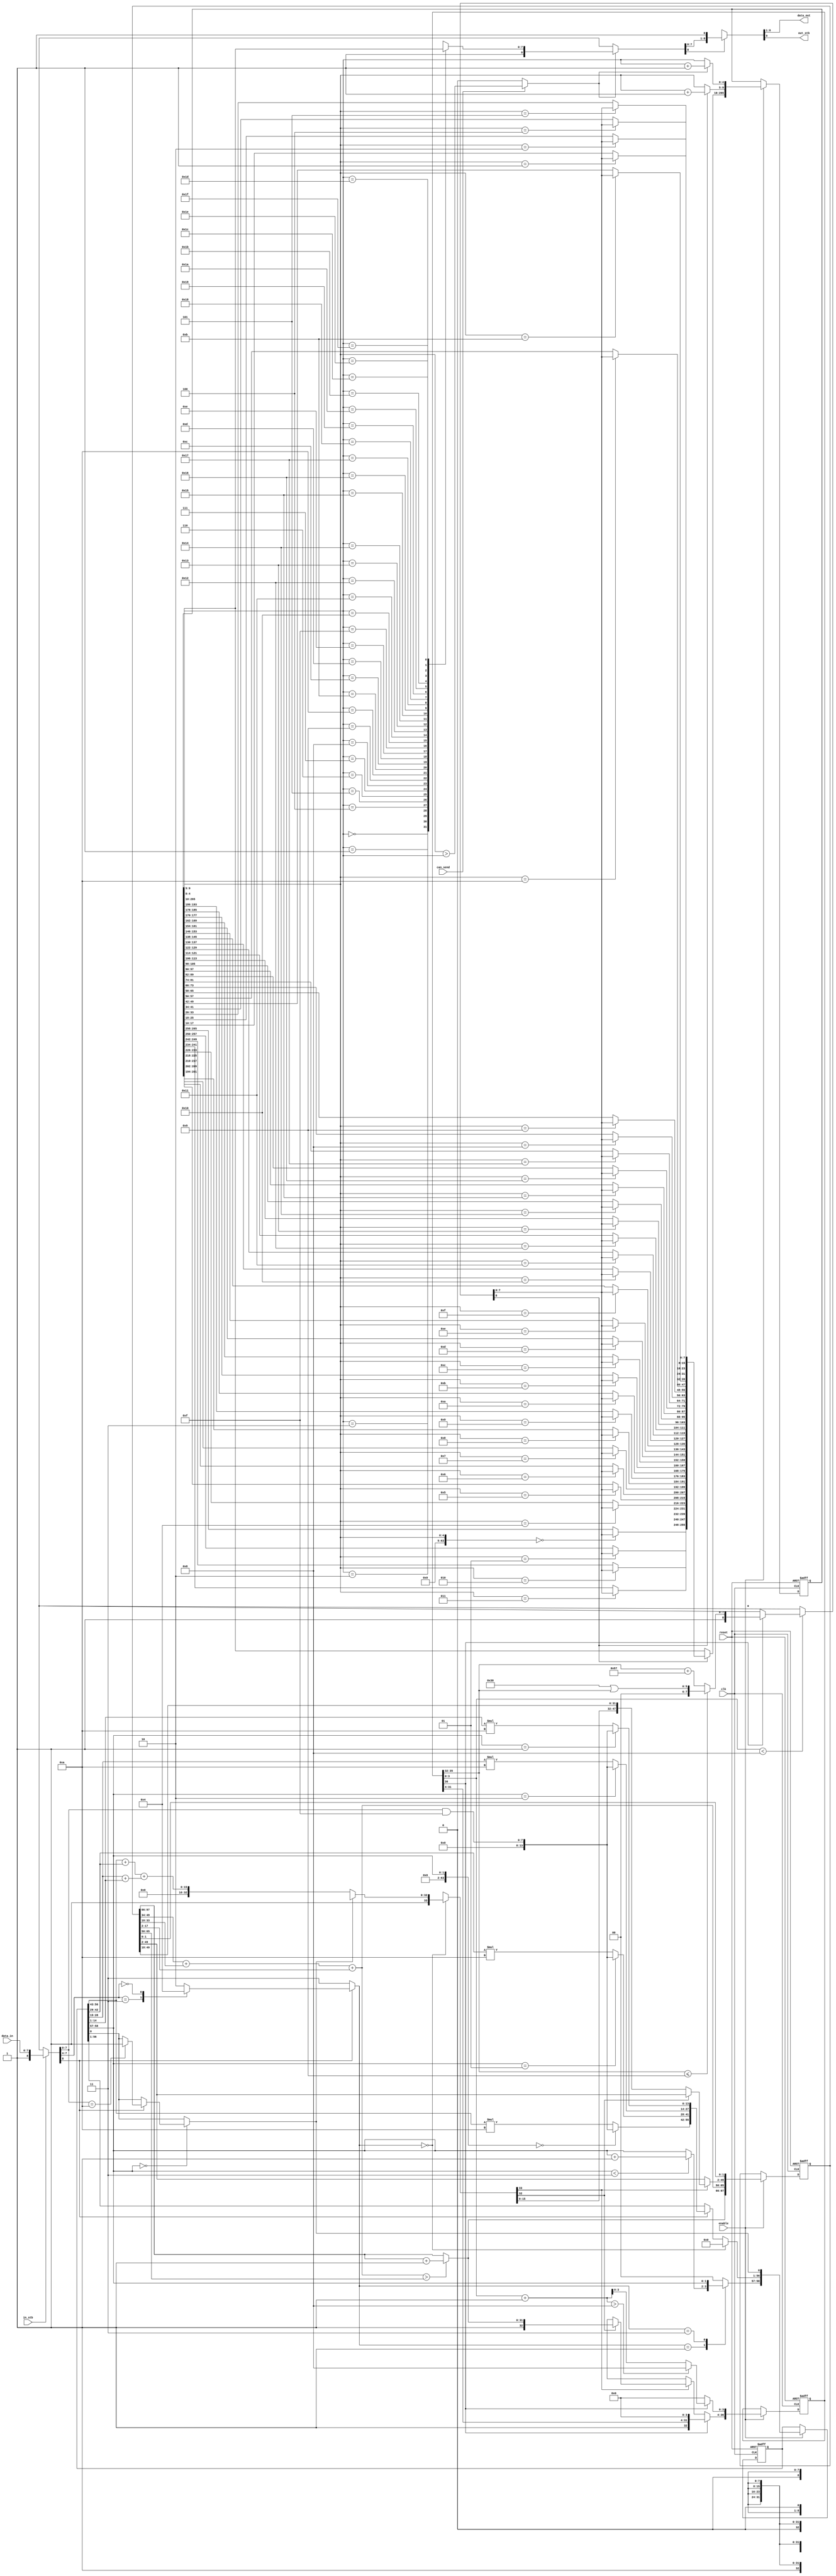
/* AUTOMATICALLY GENERATED VERILOG-2001 SOURCE CODE.
** GENERATED BY CLASH 1.4.6. DO NOT MODIFY.
*/
`timescale 100fs/100fs
module serial
    ( // Inputs
      input  clk // clock
    , input  reset // reset
    , input  enable // enable
    , input  can_send
    , input [7:0] data_in
    , input  in_stb

      // Outputs
    , output wire [7:0] data_out
    , output wire  out_stb
    );
  // Lib.hs:18:1-36
  wire [8:0] c$ds_app_arg;
  // Puzzle.hs:(12,1)-(13,67)
  reg [58:0] maybeToBoola_c$ds_app_arg = {2'd0,   {14'd0,   14'd0,   14'd0,   14'd0},   1'b0};
  wire [33:0] result_0;
  wire [92:0] result_1;
  reg [33:0] c$app_arg;
  wire [33:0] c$case_alt;
  wire [31:0] c$app_arg_0;
  wire [127:0] c$app_arg_1;
  // Puzzle.hs:40:1-11
  reg  \done' ;
  reg [55:0] c$app_arg_2;
  wire [55:0] c$case_alt_0;
  wire [55:0] result_2;
  wire signed [63:0] c$app_arg_3;
  // Puzzle.hs:40:1-11
  wire signed [63:0] wild3;
  // Puzzle.hs:40:1-11
  wire [55:0] numbers1;
  // Puzzle.hs:40:1-11
  wire signed [63:0] c$wild3_app_arg;
  reg [1:0] c$app_arg_4;
  // Puzzle.hs:40:1-11
  wire [1:0] action;
  wire [1:0] c$case_alt_1;
  // Puzzle.hs:40:1-11
  wire [1:0] digitIdx1;
  // Puzzle.hs:40:1-11
  wire  \c$done'_case_alt ;
  // Puzzle.hs:40:1-11
  reg  \c$done'_case_alt_0 ;
  reg [1:0] result_3;
  // Puzzle.hs:40:1-11
  wire [7:0] a1;
  // Puzzle.hs:(16,1)-(17,69)
  reg [97:0] maybeToBoola_c$ds_app_arg_0 = {32'd0,   16'd65535,   {16'd21845,   16'd21845,   16'd21845},   2'd0};
  wire [32:0] result_4;
  wire [130:0] result_5;
  wire [32:0] c$app_arg_5;
  wire [32:0] c$case_alt_2;
  // Puzzle.hs:93:1-11
  wire [31:0] \count' ;
  // Puzzle.hs:93:1-11
  wire [1:0] phase;
  wire [47:0] c$app_arg_6;
  wire [47:0] c$case_alt_3;
  // Puzzle.hs:93:1-11
  wire [31:0] h;
  // Puzzle.hs:93:1-11
  wire [31:0] count;
  // Puzzle.hs:93:1-11
  wire [15:0] \prevSum' ;
  // Puzzle.hs:93:1-11
  wire [47:0] window;
  // Puzzle.hs:93:1-11
  wire [15:0] prevSum;
  // Puzzle.hs:(20,1)-(21,68)
  reg [36:0] maybeToBoola_c$ds_app_arg_1 = {{1'b0,32'bxxxxxxxxxxxxxxxxxxxxxxxxxxxxxxxx},   4'd0};
  wire [8:0] result_6;
  wire [45:0] c$case_alt_4;
  wire [8:0] c$app_arg_7;
  wire [8:0] c$case_alt_5;
  wire [7:0] result_7;
  wire signed [63:0] c$app_arg_8;
  wire signed [63:0] c$app_arg_9;
  // Puzzle.hs:118:1-15
  wire [31:0] a;
  wire [3:0] c$app_arg_10;
  wire [4:0] z;
  wire [3:0] result_8;
  // Puzzle.hs:118:1-15
  wire [3:0] digitIdx1_0;
  wire [32:0] c$app_arg_11;
  // Puzzle.hs:118:1-15
  wire [31:0] n;
  // Puzzle.hs:118:1-15
  wire [32:0] number;
  // Lib.hs:(22,1)-(23,72)
  reg [265:0] maybeToBoola_c$ds_app_arg_2 = {{8'b00000001,   8'b00000001,   8'b00000001,   8'b00000001,   8'b00000001,
  8'b00000001,   8'b00000001,   8'b00000001,   8'b00000001,   8'b00000001,
  8'b00000001,   8'b00000001,   8'b00000001,   8'b00000001,   8'b00000001,
  8'b00000001,   8'b00000001,   8'b00000001,   8'b00000001,   8'b00000001,
  8'b00000001,   8'b00000001,   8'b00000001,   8'b00000001,   8'b00000001,
  8'b00000001,   8'b00000001,   8'b00000001,   8'b00000001,   8'b00000001,
  8'b00000001,   8'b00000001},   5'd0,   5'd0};
  wire [8:0] result_9;
  // Lib.hs:40:1-15
  wire signed [63:0] c$wild3_app_arg_0;
  wire [255:0] result_10;
  wire [255:0] c$app_arg_12;
  wire [4:0] c$app_arg_13;
  wire [4:0] c$app_arg_14;
  // Lib.hs:40:1-15
  wire signed [63:0] c$wild3_app_arg_1;
  wire [7:0] result_11;
  wire [8:0] c$app_arg_15;
  wire [274:0] result_12;
  // Lib.hs:40:1-15
  wire  canSend;
  // Lib.hs:40:1-15
  wire [7:0] a_0;
  // Lib.hs:40:1-15
  wire signed [63:0] wild3_0;
  // Lib.hs:40:1-15
  wire signed [63:0] wild3_1;
  // Lib.hs:40:1-15
  wire  doSend;
  // Lib.hs:40:1-15
  wire [4:0] readPointer1;
  // Lib.hs:40:1-15
  wire [4:0] writePointer1;
  // Lib.hs:40:1-15
  wire [255:0] memory1;
  // Lib.hs:18:1-36
  wire [7:0] a1_0;
  wire [9:0] eta;
  wire [55:0] c$vec;
  wire [7:0] c$bv;
  wire [3:0] result_selection_res;
  wire [7:0] c$bv_0;
  wire [32:0] c$case_alt_selection_4;
  wire [32:0] c$case_alt_selection_7;
  wire [63:0] c$case_alt_sel_alt_f_4;
  wire [31:0] c$i_34;
  wire [31:0] c$i_36;
  wire [8:0] result;

  assign eta = {can_send,   data_in,   in_stb};

  assign c$ds_app_arg = eta[0:0] ? {1'b1,eta[8:1]} : {1'b0,8'bxxxxxxxx};

  // register begin
  always @(posedge clk or  posedge  reset) begin : maybeToBoola_c$ds_app_arg_register
    if ( reset) begin
      maybeToBoola_c$ds_app_arg <= {2'd0,   {14'd0,   14'd0,   14'd0,   14'd0},   1'b0};
    end else if (enable) begin
      maybeToBoola_c$ds_app_arg <= result_1[92:34];
    end
  end
  // register end

  assign result_0 = result_1[33:0];

  assign result_1 = {{c$app_arg_4,   c$app_arg_2,
                      \done' },   c$app_arg};

  always @(*) begin
    case(action)
      2'b00 : c$app_arg = c$case_alt;
      default : c$app_arg = {1'b0,33'bxxxxxxxxxxxxxxxxxxxxxxxxxxxxxxxxx};
    endcase
  end

  assign c$case_alt = \done'  ? {1'b1,{1'b1,32'bxxxxxxxxxxxxxxxxxxxxxxxxxxxxxxxx}} : {1'b1,{1'b0,c$app_arg_0}};

  wire [127:0] vec;
  wire [31:0] acc_2_0;
  wire [31:0] acc_1;
  wire [31:0] acc_2;
  wire [31:0] acc_3;
  wire [31:0] acc_4;
  wire [31:0] acc_1_0;
  wire [31:0] acc_1_1;
  assign c$app_arg_0 = acc_2_0;

  assign vec = c$app_arg_1;

  assign acc_1 = vec[127:96];

  assign acc_2 = vec[95:64];

  assign acc_3 = vec[63:32];

  assign acc_4 = vec[31:0];

  assign acc_1_0 = acc_1 + acc_2;



  assign acc_1_1 = acc_3 + acc_4;



  assign acc_2_0 = acc_1_0 + acc_1_1;





  // map begin
  genvar i;
  generate
  for (i=0; i < 4; i = i + 1) begin : map
    wire [13:0] map_in;
    assign map_in = numbers1[i*14+:14];
    wire [31:0] map_out;
    assign map_out = {{(32-14) {1'b0}},map_in};


    assign c$app_arg_1[i*32+:32] = map_out;
  end
  endgenerate
  // map end

  always @(*) begin
    case(digitIdx1)
      2'd0 : \done'  = \c$done'_case_alt ;
      default : \done'  = maybeToBoola_c$ds_app_arg[0:0];
    endcase
  end

  always @(*) begin
    case(action)
      2'b00 : c$app_arg_2 = {4 {14'd0}};
      default : c$app_arg_2 = c$case_alt_0;
    endcase
  end

  assign c$case_alt_0 = c$ds_app_arg[8:8] ? result_2 : numbers1;

  assign c$vec = {numbers1[55:42] * 14'd10,
                  numbers1[41:28] * 14'd10,
                  numbers1[27:14] * 14'd10,
                  numbers1[13:0] * 14'd10};

  // vector replace begin
  genvar i_0;
  generate
  for (i_0=0;i_0<4;i_0=i_0+1) begin : vector_replace
    assign result_2[(3-i_0)*14+:14] = (wild3) == i_0 ? ($unsigned(c$app_arg_3[0+:14])) : c$vec[(3-i_0)*14+:14];
  end
  endgenerate
  // vector replace end

  assign c$bv = (a1 & 8'b00001111);

  assign c$app_arg_3 = $unsigned({{(64-8) {1'b0}},c$bv});

  assign wild3 = $signed(c$wild3_app_arg);

  assign numbers1 = maybeToBoola_c$ds_app_arg[56:1];

  assign c$wild3_app_arg = $unsigned({{(64-2) {1'b0}},digitIdx1});

  always @(*) begin
    case(action)
      2'b01 : c$app_arg_4 = c$case_alt_1;
      2'b11 : c$app_arg_4 = digitIdx1;
      default : c$app_arg_4 = 2'd0;
    endcase
  end

  assign action = c$ds_app_arg[8:8] ? result_3 : 2'd3;

  assign c$case_alt_1 = (digitIdx1 < 2'd3) ? (digitIdx1 + 2'd1) : digitIdx1;

  assign digitIdx1 = maybeToBoola_c$ds_app_arg[58:57];

  assign \c$done'_case_alt  = c$ds_app_arg[8:8] ? \c$done'_case_alt_0  : maybeToBoola_c$ds_app_arg[0:0];

  always @(*) begin
    case(a1)
      8'b00001010 : \c$done'_case_alt_0  = 1'b1;
      default : \c$done'_case_alt_0  = maybeToBoola_c$ds_app_arg[0:0];
    endcase
  end

  assign c$bv_0 = (a1 >> (64'sd4));

  assign result_selection_res = c$bv_0[0+:4];

  always @(*) begin
    case(result_selection_res)
      4'b0011 : result_3 = 2'd1;
      4'b0000 : result_3 = 2'd0;
      default : result_3 = 2'd2;
    endcase
  end

  assign a1 = c$ds_app_arg[7:0];

  // register begin
  always @(posedge clk or  posedge  reset) begin : maybeToBoola_c$ds_app_arg_0_register
    if ( reset) begin
      maybeToBoola_c$ds_app_arg_0 <= {32'd0,   16'd65535,   {16'd21845,   16'd21845,   16'd21845},   2'd0};
    end else if (enable) begin
      maybeToBoola_c$ds_app_arg_0 <= result_5[130:33];
    end
  end
  // register end

  assign result_4 = result_5[32:0];

  assign result_5 = {{\count' ,   \prevSum' ,
                      c$app_arg_6,   phase},   c$app_arg_5};

  assign c$app_arg_5 = result_0[33:33] ? c$case_alt_2 : {1'b0,32'bxxxxxxxxxxxxxxxxxxxxxxxxxxxxxxxx};

  assign c$case_alt_selection_4 = result_0[32:0];

  assign c$case_alt_2 = c$case_alt_selection_4[32:32] ? {1'b1,\count' } : {1'b0,32'bxxxxxxxxxxxxxxxxxxxxxxxxxxxxxxxx};

  assign \count'  = (\prevSum'  > prevSum) ? (count + 32'd1) : count;

  assign phase = maybeToBoola_c$ds_app_arg_0[1:0];

  assign c$app_arg_6 = result_0[33:33] ? c$case_alt_3 : window;

  assign c$case_alt_selection_7 = result_0[32:0];

  assign c$case_alt_sel_alt_f_4 = ({h[0+:16],window});

  assign c$case_alt_3 = c$case_alt_selection_7[32:32] ? window : c$case_alt_sel_alt_f_4[63:16];

  assign h = result_0[31:0];

  assign count = maybeToBoola_c$ds_app_arg_0[97:66];

  wire [47:0] vec_0;
  wire [15:0] acc_2_0_1;
  wire [15:0] acc_0_3;
  wire [15:0] acc_0_4;
  wire [15:0] acc_1_0_0;
  wire [15:0] acc_0_5;
  assign \prevSum'  = acc_2_0_1;

  assign vec_0 = window;

  assign acc_0_3 = vec_0[47:32];

  assign acc_0_4 = vec_0[31:16];

  assign acc_0_5 = vec_0[15:0];

  assign acc_1_0_0 = acc_0_3 + acc_0_4;



  assign acc_2_0_1 = acc_1_0_0 + acc_0_5;





  assign window = maybeToBoola_c$ds_app_arg_0[49:2];

  assign prevSum = maybeToBoola_c$ds_app_arg_0[65:50];

  // register begin
  always @(posedge clk or  posedge  reset) begin : maybeToBoola_c$ds_app_arg_1_register
    if ( reset) begin
      maybeToBoola_c$ds_app_arg_1 <= {{1'b0,32'bxxxxxxxxxxxxxxxxxxxxxxxxxxxxxxxx},   4'd0};
    end else if (enable) begin
      maybeToBoola_c$ds_app_arg_1 <= c$case_alt_4[45:9];
    end
  end
  // register end

  assign result_6 = c$case_alt_4[8:0];

  assign c$case_alt_4 = {{c$app_arg_11,
                          c$app_arg_10},   c$app_arg_7};

  assign c$app_arg_7 = (digitIdx1_0 < 4'd8) ? c$case_alt_5 : {1'b0,8'bxxxxxxxx};

  assign c$case_alt_5 = number[32:32] ? {1'b1,result_7} : {1'b0,8'bxxxxxxxx};

  assign result_7 = (a <= 32'd9) ? ($unsigned(c$app_arg_8[0+:8])) : ($unsigned(c$app_arg_9[0+:8]));

  assign c$i_34 = (32'd48 | a);

  assign c$app_arg_8 = $unsigned({{(64-32) {1'b0}},c$i_34});

  assign c$i_36 = (a + 32'd87);

  assign c$app_arg_9 = $unsigned({{(64-32) {1'b0}},c$i_36});

  assign a = n >> (64'sd28);

  assign c$app_arg_10 = number[32:32] ? result_8 : 4'd0;

  assign z = digitIdx1_0 + 4'd1;

  assign result_8 = (z > 5'd8) ? 4'd8 : (z[0+:4]);

  assign digitIdx1_0 = maybeToBoola_c$ds_app_arg_1[3:0];

  assign c$app_arg_11 = number[32:32] ? {1'b1,n << (64'sd4)} : result_4;

  assign n = number[31:0];

  assign number = maybeToBoola_c$ds_app_arg_1[36:4];

  // register begin
  always @(posedge clk or  posedge  reset) begin : maybeToBoola_c$ds_app_arg_2_register
    if ( reset) begin
      maybeToBoola_c$ds_app_arg_2 <= {{8'b00000001,   8'b00000001,   8'b00000001,   8'b00000001,   8'b00000001,
    8'b00000001,   8'b00000001,   8'b00000001,   8'b00000001,   8'b00000001,
    8'b00000001,   8'b00000001,   8'b00000001,   8'b00000001,   8'b00000001,
    8'b00000001,   8'b00000001,   8'b00000001,   8'b00000001,   8'b00000001,
    8'b00000001,   8'b00000001,   8'b00000001,   8'b00000001,   8'b00000001,
    8'b00000001,   8'b00000001,   8'b00000001,   8'b00000001,   8'b00000001,
    8'b00000001,   8'b00000001},   5'd0,   5'd0};
    end else if (enable) begin
      maybeToBoola_c$ds_app_arg_2 <= result_12[274:9];
    end
  end
  // register end

  assign result_9 = result_12[8:0];

  assign c$wild3_app_arg_0 = $unsigned({{(64-5) {1'b0}},writePointer1});

  // vector replace begin
  genvar i_1;
  generate
  for (i_1=0;i_1<32;i_1=i_1+1) begin : vector_replace_0
    assign result_10[(31-i_1)*8+:8] = (wild3_0) == i_1 ? a_0 : memory1[(31-i_1)*8+:8];
  end
  endgenerate
  // vector replace end

  assign c$app_arg_12 = result_6[8:8] ? result_10 : memory1;

  assign c$app_arg_13 = result_6[8:8] ? (writePointer1 + 5'd1) : writePointer1;

  assign c$app_arg_14 = doSend ? (readPointer1 + 5'd1) : readPointer1;

  assign c$wild3_app_arg_1 = $unsigned({{(64-5) {1'b0}},readPointer1});

  // index begin
  wire [7:0] vecArray [0:32-1];
  genvar i_2;
  generate
  for (i_2=0; i_2 < 32; i_2=i_2+1) begin : mk_array
    assign vecArray[(32-1)-i_2] = memory1[i_2*8+:8];
  end
  endgenerate
  assign result_11 = vecArray[(wild3_1)];
  // index end

  assign c$app_arg_15 = doSend ? {1'b1,result_11} : {1'b0,8'bxxxxxxxx};

  assign result_12 = {{c$app_arg_12,
                       c$app_arg_13,   c$app_arg_14},   c$app_arg_15};

  assign canSend = eta[9:9];

  assign a_0 = result_6[7:0];

  assign wild3_0 = $signed(c$wild3_app_arg_0);

  assign wild3_1 = $signed(c$wild3_app_arg_1);

  assign doSend = canSend ? (writePointer1 > readPointer1) : 1'b0;

  assign readPointer1 = maybeToBoola_c$ds_app_arg_2[4:0];

  assign writePointer1 = maybeToBoola_c$ds_app_arg_2[9:5];

  assign memory1 = maybeToBoola_c$ds_app_arg_2[265:10];

  assign result = result_9[8:8] ? {a1_0,
                                   1'b1} : {{8 {1'bx}},   1'b0};

  assign a1_0 = result_9[7:0];

  assign data_out = result[8:1];

  assign out_stb = result[0:0];


endmodule